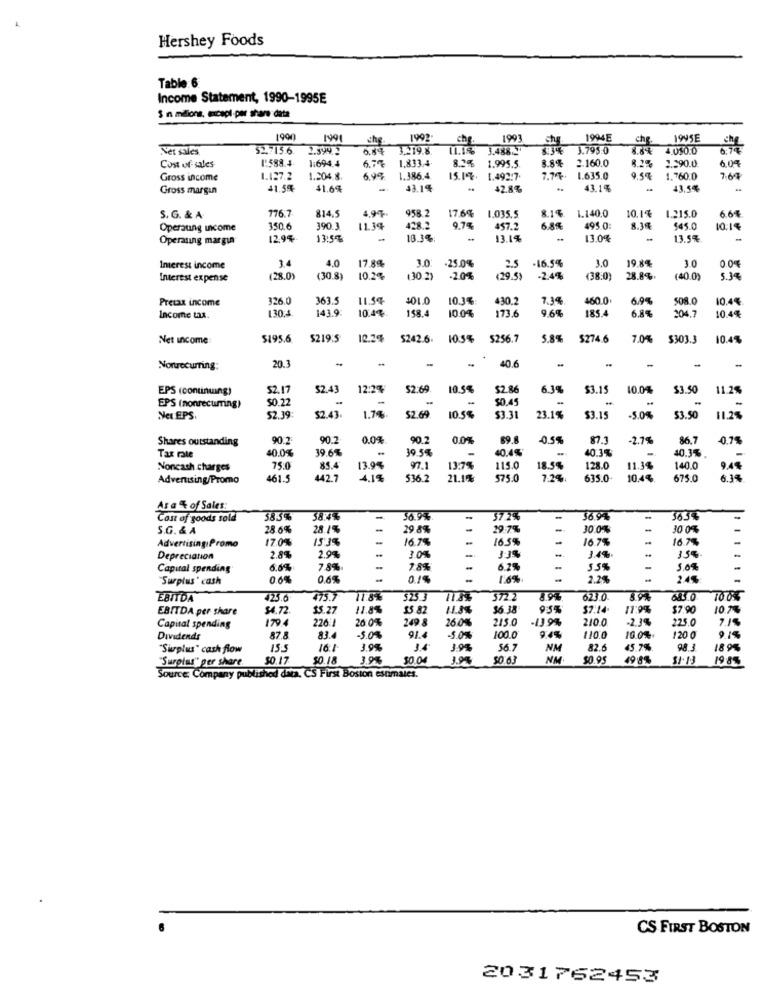
Hershey Foods
Table 6.
Income Statement, 1990-1995E
$ in milions, except-per share data
1990
1991
1992-
che.
1993
1994E
1995E
Net sales
52.715.6
2.394 3
6.84 3.219.8.
11.195
3.488 "
3.795.0
4.0$0.0
1:588.4
1:694.4
6.7% 1.833.4
3.8%
2.290.0
6.04
Cost of sales
8.2% 1.995.5
2.160.0
Gross income
1.127.2
1.204.8.
699
1.386.4.
15.1%. 1.492:7.
7.7%. 1.635.0
9.57
1.760.0
Gross margin
41.5%
41.6%
43.1%
..
42.8%
43.15
43.54
4.9%
958.2
17.6%
1.035.5
8.1%.
1.140.0
6.64
S. G. & A
176.7
814.5
10.1%
1.215.0
Operating income
150.6
390.3
11.34
428.2
9.7%
457.2
6.8%
495.0
8.34
$45.0
10.14
Operating margin
12.9%-
13:5%
18.3%
13.14
13.0%
13.5%
-
3.4
4.0
3.0
-25.0%
2.5
-16.5%
3.0
19.84
3.0
0.0%
Interest income
17.8%
Interest expense
(28.0)
(30.8)
10.2%
(30.2)
-20%
€29.5)
.2.44
(38.0
28.8%.
(40.0)
5.39
Pretax income
326.0
363.5
11.54
101.0
10.34
4301
7.34
460.0
6.9%
508.0
10.4%
130:4
143.9
10.48
158.4
10.04
173.6
9.6%
185.4
204.7
10.44
Income tax.
Net income
$195.6
$219.5
10.2%
$242.6. 10.5%
$256.7
5.8% $274.6
7.0%
$303.3
10.45
20.3
-
-
40.6
Nonrecurring:
-
EPS (continuing)
$2.17
$2.43
12:29
52.69
10.5%
$2.86
6.39
$3.15
10.0%
$3.50
11.2%
$0.22
-
-
$0.45
-
-
EPS (nonrecurring)
$3.50
11.25
Net EPS
$2.39:
$2.43.
1.7%.
52.69
10.55
$3.31
23.1%
$3.15
-5.04
Shares outstanding
90.2
90.2
0.04
90.2
0.0%
69.8
05
87.3
-2.7%
86.7
-0.7%
40.04
39.6%
39.5%
40.4%'
40.3%
-
40.3%
Tax rate
97.1
-
Noncash charges
75:0
85.4
13.9%
13.7%
115.0
18.59
128.0
11.34
40.0
9,4%
Advertising/Promo
461.5
442.7
4.14
536.2
21.1%
575.0
7.2%.
635.0
10.4%
675.0
6.34
Asa % of Sales:
Cost of goods sold
58.3%
58.4%
-
36.9%
-
37 2%
56.94
563%
S.G. & A
28.6%
28.1%
-
29 8%
-
29 7%
30.0%
30 0%
17.0%
153%
-
16.78
-
16.59
16 7%
16.78
AdvertisingiPromo
-
Depreciation
2.84
20%
30%
-
3.39
3.4%
150
Capital spending
6.6%
78%
-
7.8%
-
6.29
5.09
"Surplus' cash
06%
0.6%
-
1.6%
2.2%
111111
2.45
EBITDA
423.6
475.7
118%
523 3
11.8
372 2
8.9%
623.0
194
EBITDA per share
$4.72
15.27
11.8%
$5.82
$6 38
954
$7:14-
11:9%
$7.90
10 25
1504
226
26:0%
249 8
260%
215.0
-13.94
2100
-2.39
225.0
Capital spending
Dividends
87.8
83.
-5.00
91.4
-50%
100.0
944
10.0%.
120 0
"Surplus" cash flow
15.5
3.9%
3.4
3.9%
56.7
NM
82.6
45.7%
98 3
189%
"Surplus" per share.
$0.17
$0.18
3.9%%
30.04
39%
$0.63
NM
$0.95
49 8%
31.13
19:85
Source: Company published data. C'S First Boston estimates.
CS FIRST BOSTON
2031762453